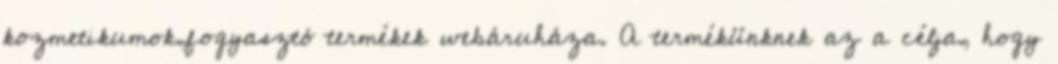
kozmetikumok,fogyasztó termékek webáruháza. A termékünknek az a célja, hogy